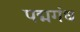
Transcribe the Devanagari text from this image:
पद्मगंध